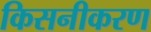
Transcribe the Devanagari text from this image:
किसनीकरण